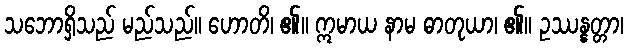
သဘောရှိသည် မည်သည်။ ဟောတိ၊ ၏။ ဣမာယ နာမ ဓာတုယာ၊ ၏။ ဥဿန္နတ္တာ၊